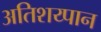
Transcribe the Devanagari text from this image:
अतिशय्पान